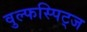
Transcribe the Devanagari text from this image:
वुल्फस्पिट्ज